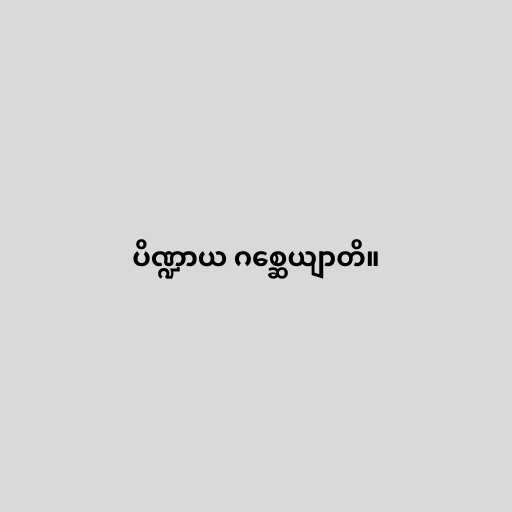
ပိဏ္ဍာယ ဂစ္ဆေယျာတိ။